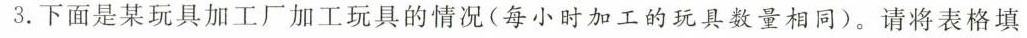
3.下面是某玩具加工厂加工玩具的情况(每小时加工的玩具数量相同)。请将表格填